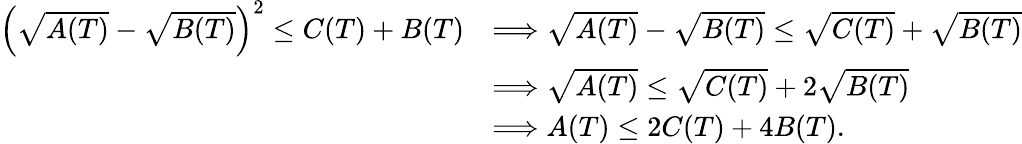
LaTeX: \begin{array}{rl}{\left(\sqrt{A(T)}-\sqrt{B(T)}\right)^{2}\leq C(T)+B(T)}&{\Longrightarrow\sqrt{A(T)}-\sqrt{B(T)}\leq\sqrt{C(T)}+\sqrt{B(T)}}\\ &{\Longrightarrow\sqrt{A(T)}\leq\sqrt{C(T)}+2\sqrt{B(T)}}\\ &{\Longrightarrow A(T)\leq 2C(T)+4B(T).}\end{array}